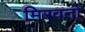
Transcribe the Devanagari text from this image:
मिरवतो